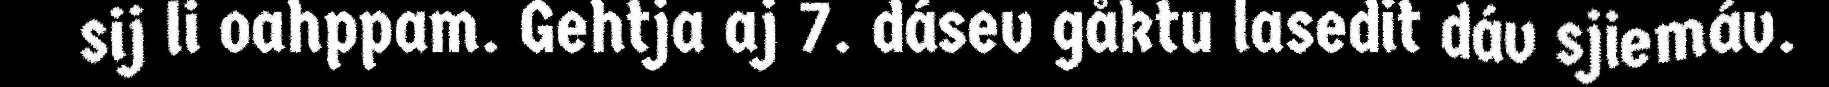
sij li oahppam. Gehtja aj 7. dásev gåktu lasedit dáv sjiemáv.